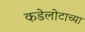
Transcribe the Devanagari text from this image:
कडेलोटाच्या